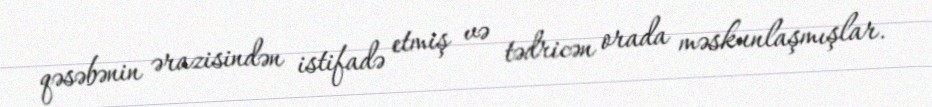
qəsəbənin ərazisindən istifadə etmiş və tədricən orada məskunlaşmışlar.